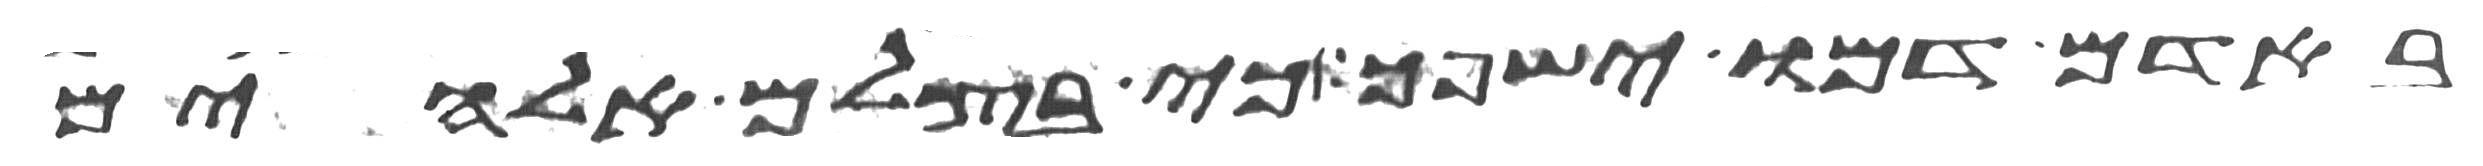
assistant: באדם דמו ישפך כי בצלם אלהים